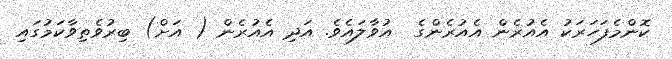
ކޮންމެފަހަރަކު އެއުރެން އެއުރެންގެ  އުވާލައެވެ. އަދި އެއުރެން ( އަށް) ބިރުވެތިވާކަމުގައި